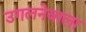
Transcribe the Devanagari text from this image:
उगलनेवाला